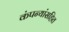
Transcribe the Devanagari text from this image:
कंपन्यांसहित